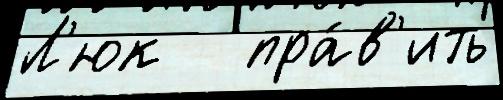
Л'юк   пра́в'ить